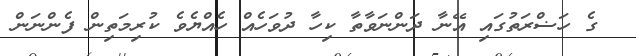
ގެ ހަޟްރަތުގައި އޭނާ ދަންނަވާތާ ކިހާ ދުވަހެއް ހެއްޔެވެ ކުރިމަތިން ފެންނަން